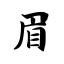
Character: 眉